Insane asylums in Bengal annual reports 1867-1875 - 1867-1875
Year: 1867
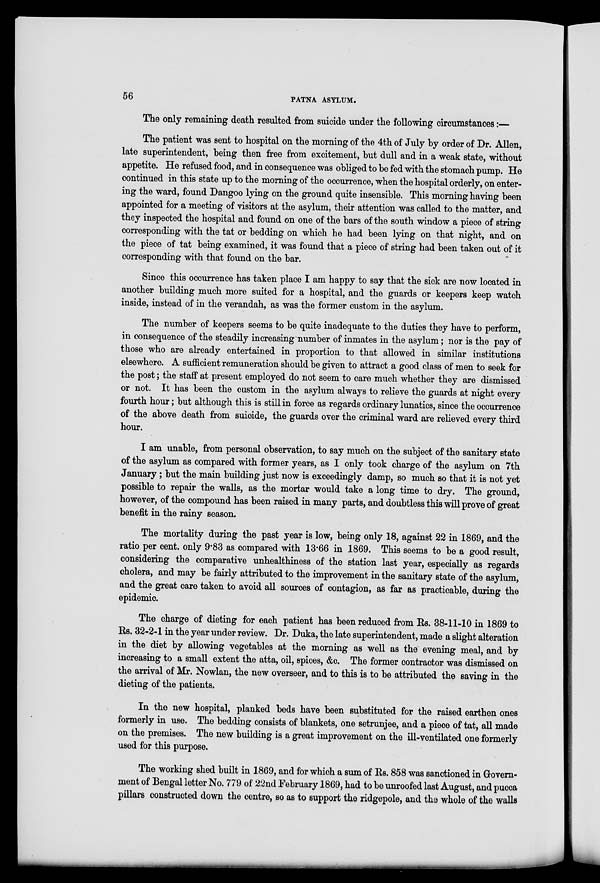
56
PATNA ASYLUM.
The only remaining death resulted from suicide under the following circumstances:—
The patient was sent to hospital on the morning of the 4th of July by order of Dr. Allen,
late superintendent, being then free from excitement, but dull and in a weak state, without
appetite. He refused food, and in consequence was obliged to be fed with the stomach pump. He
continued in this state up to the morning of the occurrence, when the hospital orderly, on enter-
ing the ward, found Dangoo lying on the ground quite insensible. This morning having been
appointed for a meeting of visitors at the asylum, their attention was called to the matter, and
they inspected the hospital and found on one of the bars of the south window a piece of string
corresponding with the tat or bedding on which he had been lying on that night, and on
the piece of tat being examined, it was found that a piece of string had been taken out of it
corresponding with that found on the bar.
Since this occurrence has taken place I am happy to say that the sick are now located in
another building much more suited for a hospital, and the guards or keepers keep watch
inside, instead of in the verandah, as was the former custom in the asylum.
The number of keepers seems to be quite inadequate to the duties they have to perform,
in consequence of the steadily increasing number of inmates in the asylum; nor is the pay of
those who are already entertained in proportion to that allowed in similar institutions
elsewhere. A sufficient remuneration should be given to attract a good class of men to seek for
the post; the staff at present employed do not seem to care much whether they are dismissed
or not. It has been the custom in the asylum always to relieve the guards at night every
fourth hour; but although this is still in force as regards ordinary lunatics, since the occurrence
of the above death from suicide, the guards over the criminal ward are relieved every third
hour.
I am unable, from personal observation, to say much on the subject of the sanitary state
of the asylum as compared with former years, as I only took charge of the asylum on 7th
January; but the main building just now is exceedingly damp, so much so that it is not yet
possible to repair the walls, as the mortar would take a long time to dry. The ground,
however, of the compound has been raised in many parts, and doubtless this will prove of great
benefit in the rainy season.
The mortality during the past year is low, being only 18, against 22 in 1869, and the
ratio per cent. only 9.83 as compared with 13.66 in 1869. This seems to be a good result,
considering the comparative unhealthiness of the station last year, especially as regards
cholera, and may be fairly attributed to the improvement in the sanitary state of the asylum,
and the great care taken to avoid all sources of contagion, as far as practicable, during the
epidemic.
The charge of dieting for each patient has been reduced from Rs. 38-11-10 in 1869 to
Rs. 32-2-1 in the year under review. Dr. Duka, the late superintendent, made a slight alteration
in the diet by allowing vegetables at the morning as well as the evening meal, and by
increasing to a small extent the atta, oil, spices, &c. The former contractor was dismissed on
the arrival of Mr. Nowlan, the new overseer, and to this is to be attributed the saving in the
dieting of the patients.
In the new hospital, planked beds have been substituted for the raised earthen ones
formerly in use. The bedding consists of blankets, one setrunjee, and a piece of tat, all made
on the premises. The new building is a great improvement on the ill-ventilated one formerly
used for this purpose.
The working shed built in 1869, and for which a sum of Rs. 858 was sanctioned in Govern-
ment of Bengal letter No. 779 of 22nd February 1869, had to be unroofed last August, and pucca
pillars constructed down the centre, so as to support the ridgepole, and the whole of the walls